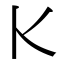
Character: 𰀠